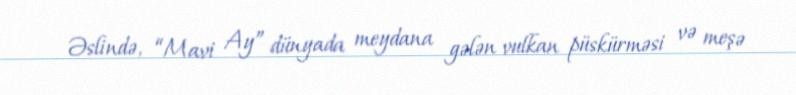
Əslində, “Mavi Ay” dünyada meydana gələn vulkan püskürməsi və meşə